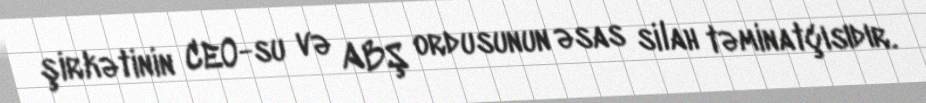
şirkətinin CEO-su və ABŞ ordusunun əsas silah təminatçısıdır.